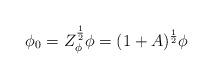
LaTeX: \begin{align*}\phi_0 = Z^{\frac{1}{2}}_\phi \phi = (1+A)^{\frac{1}{2}} \phi\end{align*}